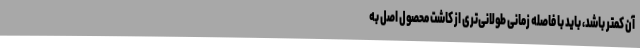
آن کمتر باشد، باید با فاصله زمانی طولانی‌تری از کاشت محصول اصل به